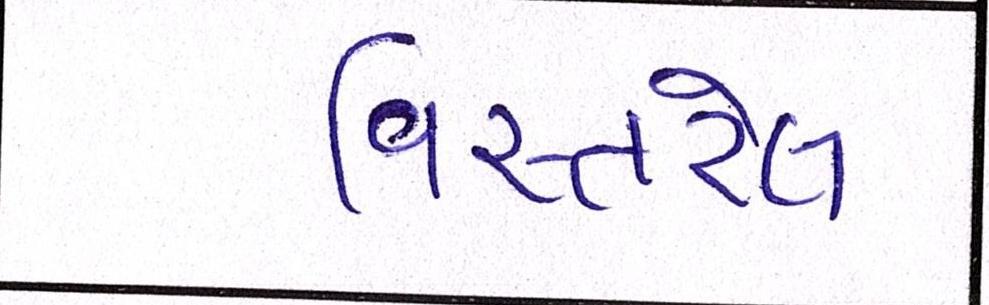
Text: વિસ્તરેલ